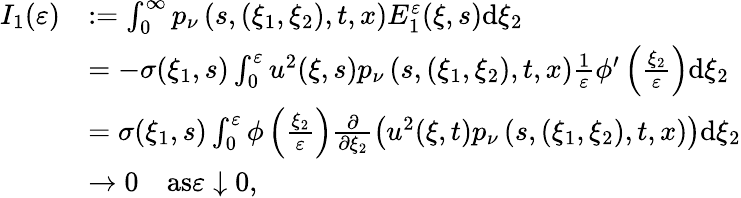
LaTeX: \begin{array}{rl}{I_{1}(\varepsilon)}&{:=\int_{0}^{\infty}p_{\nu}\left(s,(\xi_{1},\xi_{2}),t,x\right)E_{1}^{\varepsilon}(\xi,s)\mathrm{d}\xi_{2}}\\ &{=-\sigma(\xi_{1},s)\int_{0}^{\varepsilon}u^{2}(\xi,s)p_{\nu}\left(s,(\xi_{1},\xi_{2}),t,x\right)\frac{1}{\varepsilon}\phi^{\prime}\left(\frac{\xi_{2}}{\varepsilon}\right)\mathrm{d}\xi_{2}}\\ &{=\sigma(\xi_{1},s)\int_{0}^{\varepsilon}\phi\left(\frac{\xi_{2}}{\varepsilon}\right)\frac{\partial}{\partial\xi_{2}}\left(u^{2}(\xi,t)p_{\nu}\left(s,(\xi_{1},\xi_{2}),t,x\right)\right)\mathrm{d}\xi_{2}}\\ &{\rightarrow 0\quad\textrm{as}\varepsilon\downarrow 0,}\end{array}